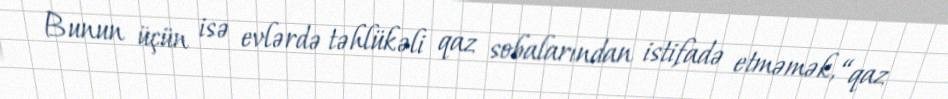
Bunun üçün isə evlərdə təhlükəli qaz sobalarından istifadə etməmək, “qaz